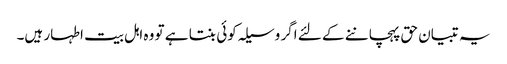
یہ تبیان حق پہچاننے کے لئے اگر وسیلہ کوئی بنتا ہے تو وہ اہل بیت اطہار ہیں۔